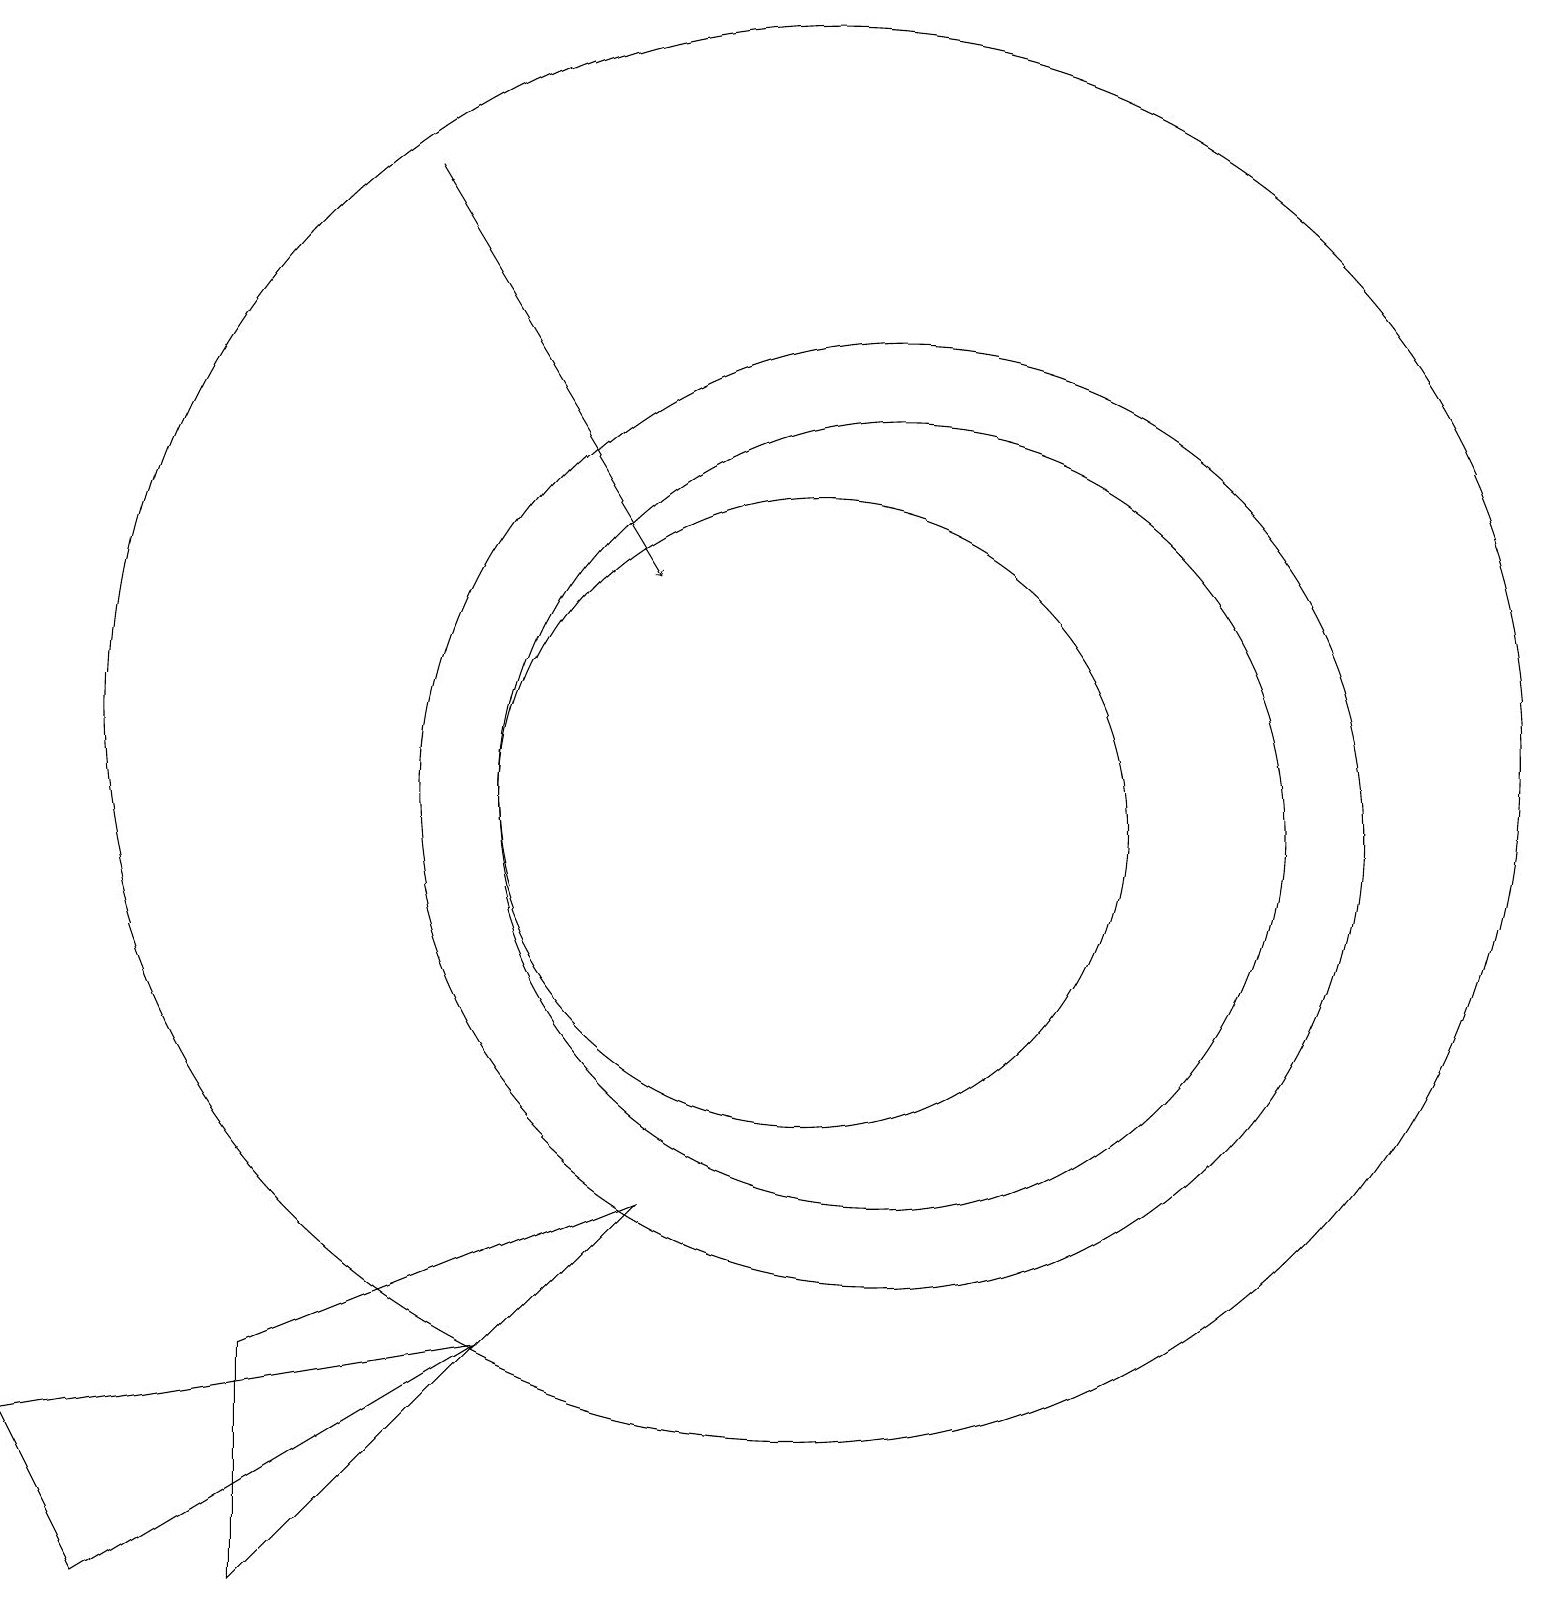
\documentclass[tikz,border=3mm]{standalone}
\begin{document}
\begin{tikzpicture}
\draw (10,11) circle (9);
\draw[->] (5,18) -- (8,13);
\draw (10,10) circle (4);
\draw (11,10) circle (6);
\draw (1,0) -- (0,2) -- (6,3) -- cycle;
\draw (3,0) -- (8,5) -- (3,3) -- cycle;
\draw (11,10) circle (5);
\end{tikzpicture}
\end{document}